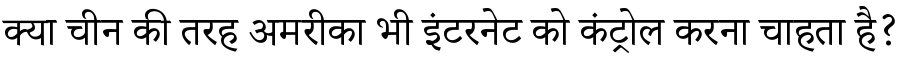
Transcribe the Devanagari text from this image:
क्या चीन की तरह अमरीका भी इंटरनेट को कंट्रोल करना चाहता है?